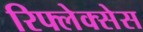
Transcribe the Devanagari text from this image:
रिफ्लेक्सेस